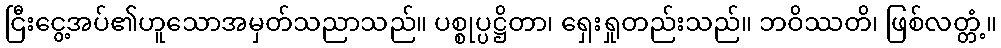
ငြီးငွေ့အပ်၏ဟူသောအမှတ်သညာသည်။ ပစ္စုပ္ပဋ္ဌိတာ၊ ရှေးရှုတည်းသည်။ ဘဝိဿတိ၊ ဖြစ်လတ္တံ့။